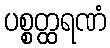
ပစ္စတ္ထရဏံ